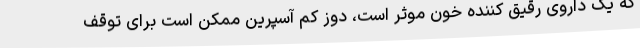
که یک داروی رقیق کننده خون موثر است، دوز کم آسپرین ممکن است برای توقف